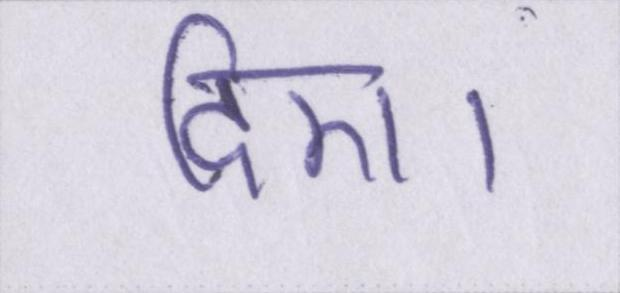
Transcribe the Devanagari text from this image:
दिए।